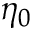
\eta _ { 0 }